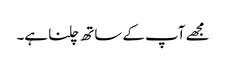
مجھے آپ کے ساتھ چلنا ہے۔